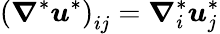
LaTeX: {\left(\boldsymbol{\nabla}^{*}\boldsymbol{u}^{*}\right)}_{ij}=\boldsymbol{\nabla}_{i}^{*}\boldsymbol{u}_{j}^{*}